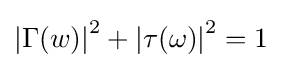
\left|\Gamma (w)\right|^{2}+\left|\tau (\omega )\right|^{2}=1